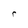
Character: r